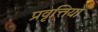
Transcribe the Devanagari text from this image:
प्रवृत्तियो